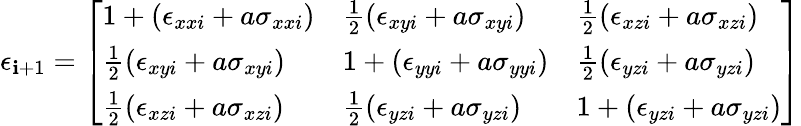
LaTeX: \epsilon_{\mathbf{i}+1}=\left[\begin{array}{lll}{1+(\epsilon_{xxi}+a\sigma_{xxi})}&{\frac{1}{2}(\epsilon_{xyi}+a\sigma_{xyi})}&{\frac{1}{2}(\epsilon_{xzi}+a\sigma_{xzi})}\\ {\frac{1}{2}(\epsilon_{xyi}+a\sigma_{xyi})}&{1+(\epsilon_{yyi}+a\sigma_{yyi})}&{\frac{1}{2}(\epsilon_{yzi}+a\sigma_{yzi})}\\ {\frac{1}{2}(\epsilon_{xzi}+a\sigma_{xzi})}&{\frac{1}{2}(\epsilon_{yzi}+a\sigma_{yzi})}&{1+(\epsilon_{yzi}+a\sigma_{yzi})}\end{array}\right]